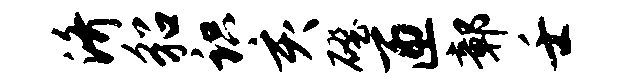
济貂识亥磴匝鄣壬